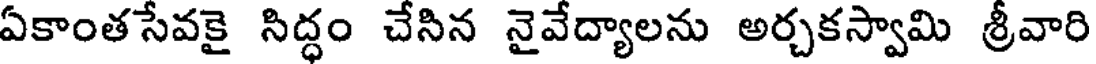
ఏకాంత సేవకై సిద్ధం చేసిన నైవేద్యాలను అర్చకస్వామి శ్రీవారి